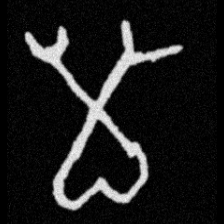
Pyu character \u2014 Myanmar letter: မ (romanized: ma)